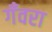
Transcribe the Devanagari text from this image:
गँवरा